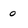
Character: 0